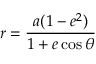
r = { \frac { a ( 1 - e ^ { 2 } ) } { 1 + e \cos \theta } }